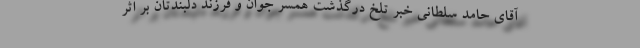
آقای حامد سلطانی خبر تلخ درگذشت همسر جوان و فرزند دلبندتان بر اثر